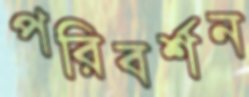
পরিবর্শন